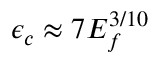
\epsilon _ { c } \approx 7 E _ { f } ^ { 3 / 1 0 }